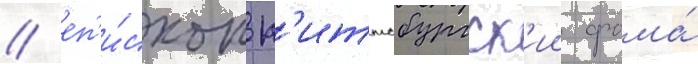
/ еп'и́скоп п'иттсбургск'ии фома́